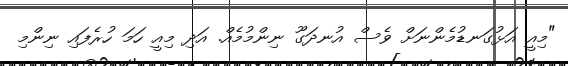
"މިއީ އަޅުގަނޑުމެންނަށް ވެސް އުނދަގޫ ނިންމުމެއް. އަދި މިއީ ހަމަ ހުރެފައި ނިންމި